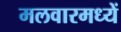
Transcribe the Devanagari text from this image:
मलवारमध्यें